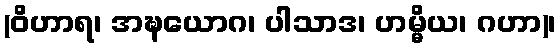
(ဝိဟာရ၊ အဍ္ဎယောဂ၊ ပါသာဒ၊ ဟမ္မိယ၊ ဂဟာ)၊